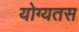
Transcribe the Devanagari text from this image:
योग्यतस